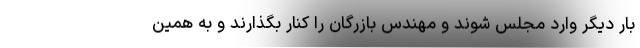
بار دیگر وارد مجلس شوند و مهندس بازرگان را کنار بگذارند و به همین